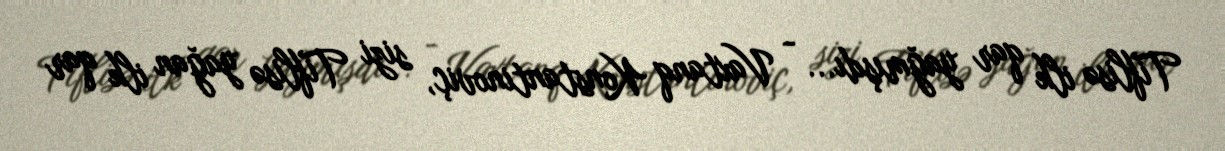
Tiflisə ilk qar yağmışdı... - Vaxtanq Konstantinoviç, sizi Tiflisə yağan ilk qar